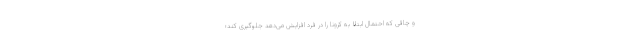
و چاقی که احتمال ابتلا به کرونا را در فرد افزایش می‌دهد جلوگیری کند؛